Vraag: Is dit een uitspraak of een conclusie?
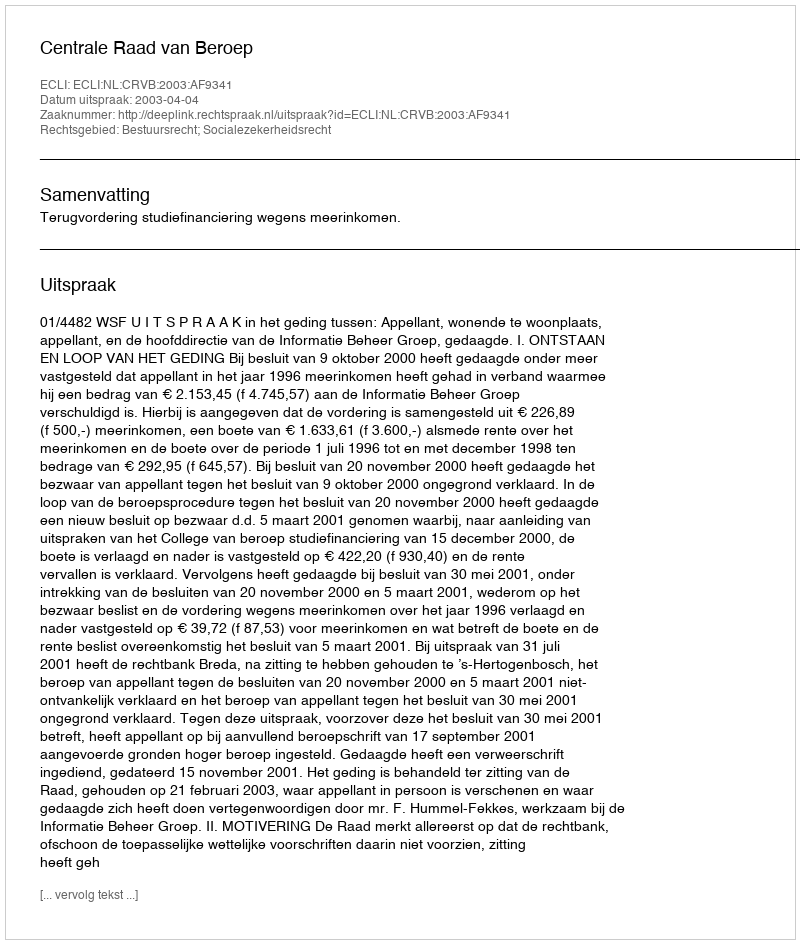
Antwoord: Uitspraak